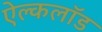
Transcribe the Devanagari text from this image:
ऐल्कलॉड